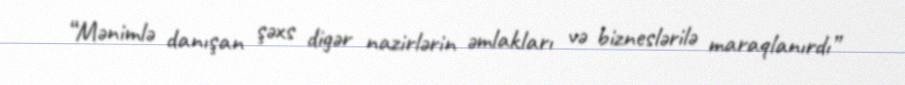
“Mənimlə danışan şəxs digər nazirlərin əmlakları və bizneslərilə maraqlanırdı”